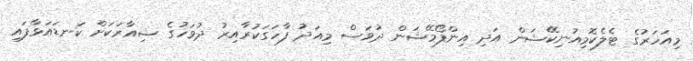
މިއަހަރުގެ ޓެލެކޮމިއުނިކޭޝަން އަދި އިންފޯމޭޝަން ދުވަސް މިއަދު ފާހަގަކުރާއިރު ދުވަހުގެ ޝިއާރަކަށް ކަނޑައަޅާފައި